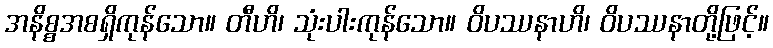
အနိစ္စအစရှိကုန်သော။ တီဟိ၊ သုံးပါးကုန်သော။ ဝိပဿနာဟိ၊ ဝိပဿနာတို့ဖြင့်။